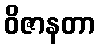
ဝိဇာနတာ